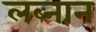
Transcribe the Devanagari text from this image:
लब्नान्